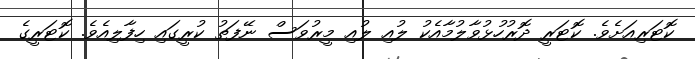
ކޮޓަރިއަށެވެ. ކޮޓަރީ ދޮރުހުޅުވާލުމާއެކު ލުއި ލުއި މީރުވަސް ނޭފަތު ކުރީގައި ހިފާލިއެވެ. ކޮޓަރީގެ